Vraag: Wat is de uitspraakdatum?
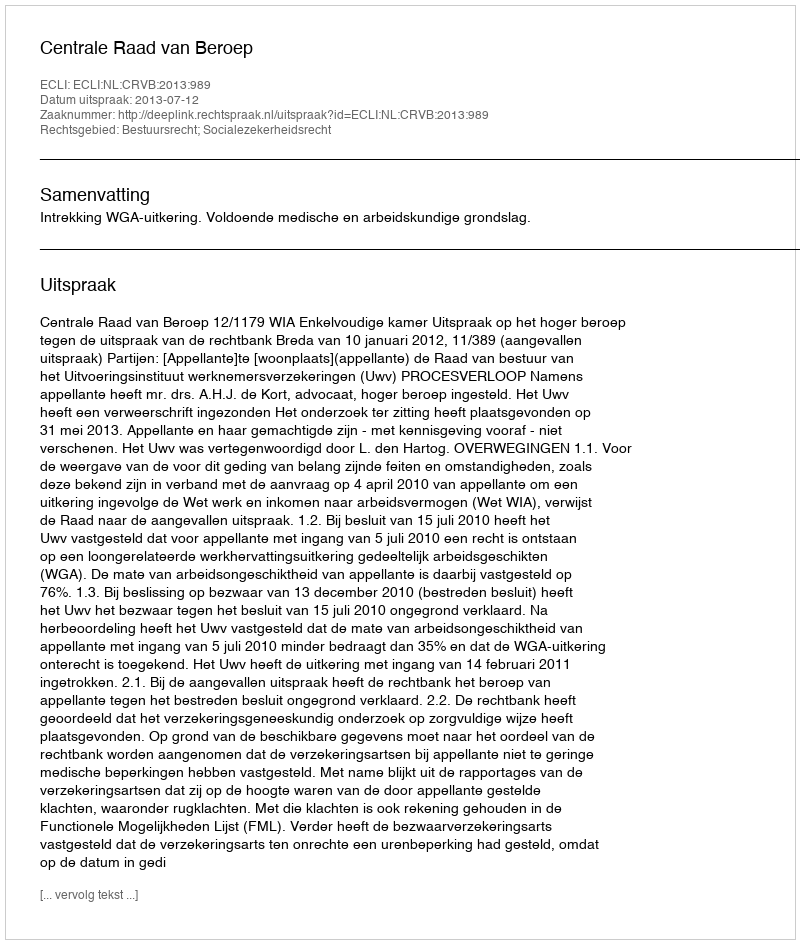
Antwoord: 2013-07-12